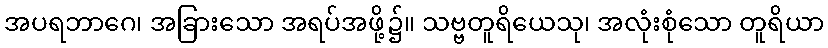
အပရဘာဂေ၊ အခြားသော အရပ်အဖို့၌။ သဗ္ဗတူရိယေသု၊ အလုံးစုံသော တူရိယာ